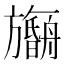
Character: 𬀠